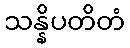
သန္နိပတိတံ